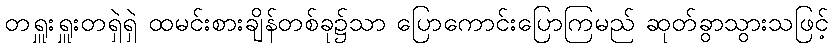
တရှူးရှူးတရှဲရှဲ ထမင်းစားချိန်တစ်ခု၌သာ ပြောကောင်းပြောကြမည် ဆုတ်ခွာသွားသဖြင့်